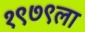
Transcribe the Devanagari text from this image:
१९७९ला